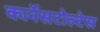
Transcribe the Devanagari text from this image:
कार्नेसटोल्टेस